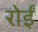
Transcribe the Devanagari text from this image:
रोईं